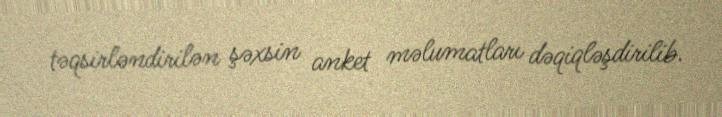
təqsirləndirilən şəxsin anket məlumatları dəqiqləşdirilib.